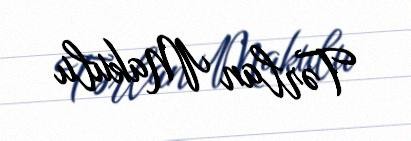
Tərlan Makulu